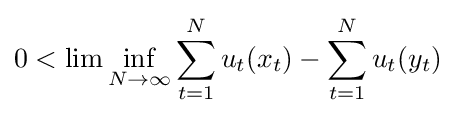
0<\lim \inf _{N\to \infty }\sum _{t=1}^{N}u_{t}(x_{t})-\sum _{t=1}^{N}u_{t}(y_{t})